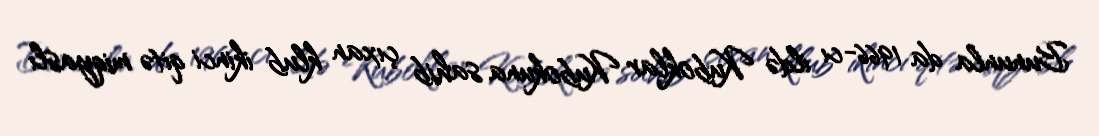
Bununla da 1966-cı ildə Kuboklar Kubokuna sahib çıxan klub ikinci qitə miqyaslı